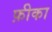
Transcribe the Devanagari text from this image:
फ़ीका